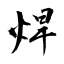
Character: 焊